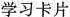
学习卡片